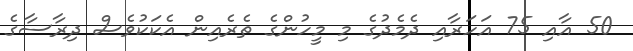
50 އާއި 75 އަހަރާއި ދެމެދުގެ މި މީހުންގެ ތެރެއިން އެކަކުވެސް ދިރާސާގެ